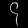
Digit: ၄